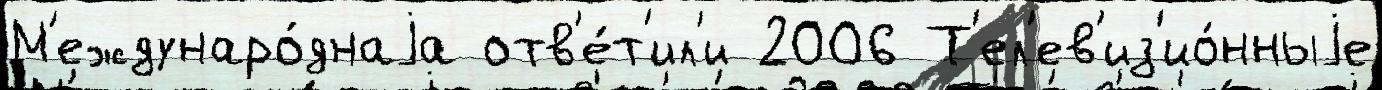
М'еждунаро́днаjа отв'е́т'ил'и 2006 Т'ел'ев'из'ио́нныjе